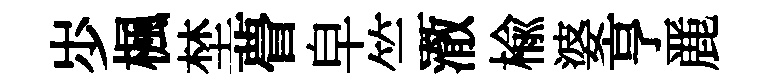
𡵯楓埜瞢皁竺澈楡婆亨䴡